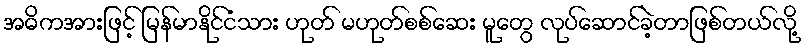
အဓိကအားဖြင့် မြန်မာနိုင်ငံသား ဟုတ် မဟုတ်စစ်ဆေး မူတွေ လုပ်ဆောင်ခဲ့တာဖြစ်တယ်လို့